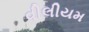
વીલીયમ